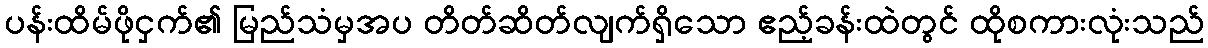
ပန်းထိမ်ဖိုငှက်၏ မြည်သံမှအပ တိတ်ဆိတ်လျက်ရှိသော ဧည့်ခန်းထဲတွင် ထိုစကားလုံးသည်